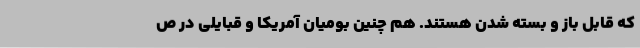
که قابل باز و بسته شدن هستند. هم چنین بومیان آمریکا و قبایلی در ص